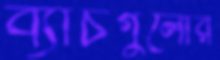
ব্যাচগুলোর